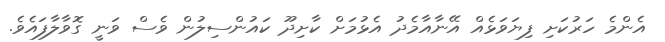
އެންމެ ހަރުކަށި ފިޔަވަޅެއް އޭނާއާމެދު އެޅުމަށް ކާށިދޫ ކައުންސިލުން ވެސް ވަނީ ގޮވާލާފައެވެ.